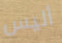
أليس